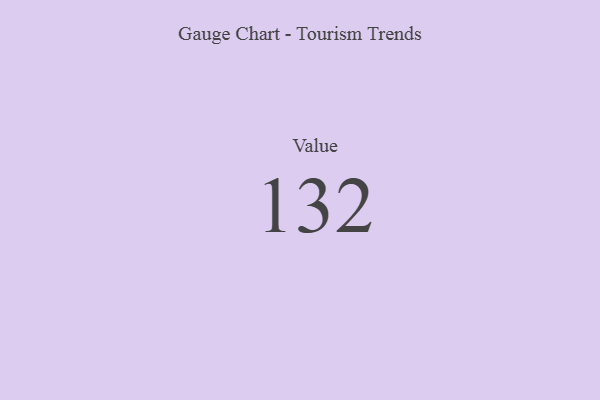
{"axis": {"x": "Metric", "y": "Value"}, "legend": [""], "data": [{"x": "Value", "y": 132, "type": ""}]}